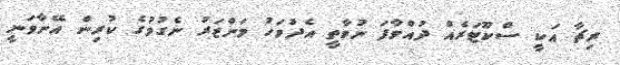
ރިޗާ އަކީ ސްކޫޓަރެއް ދުއްވާފަ ނުވާތީ އެދުވަހު މަންޒަރު ނެގުމުގެ ކުރިން އޭނާވަނީ